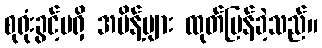
စုရုံးခွင့်မရှိ အမိန့်များ ထုတ်ပြန်ခဲ့သည်။